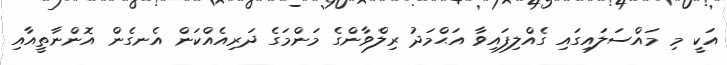
އަކީ މި މައްސަލައިގައި ގެއްލިފައިވާ އަޙްމަދު ރިލްވާންގެ މަންމަގެ ދަރިއެއްކަން އެނގެން އޮންނާތީއާއި